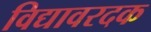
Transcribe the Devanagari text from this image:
विद्यावरदक